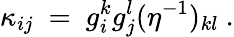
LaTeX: \kappa_{ij}~=~g_{i}^{k}g_{j}^{l}(\eta^{-1})_{kl}~.